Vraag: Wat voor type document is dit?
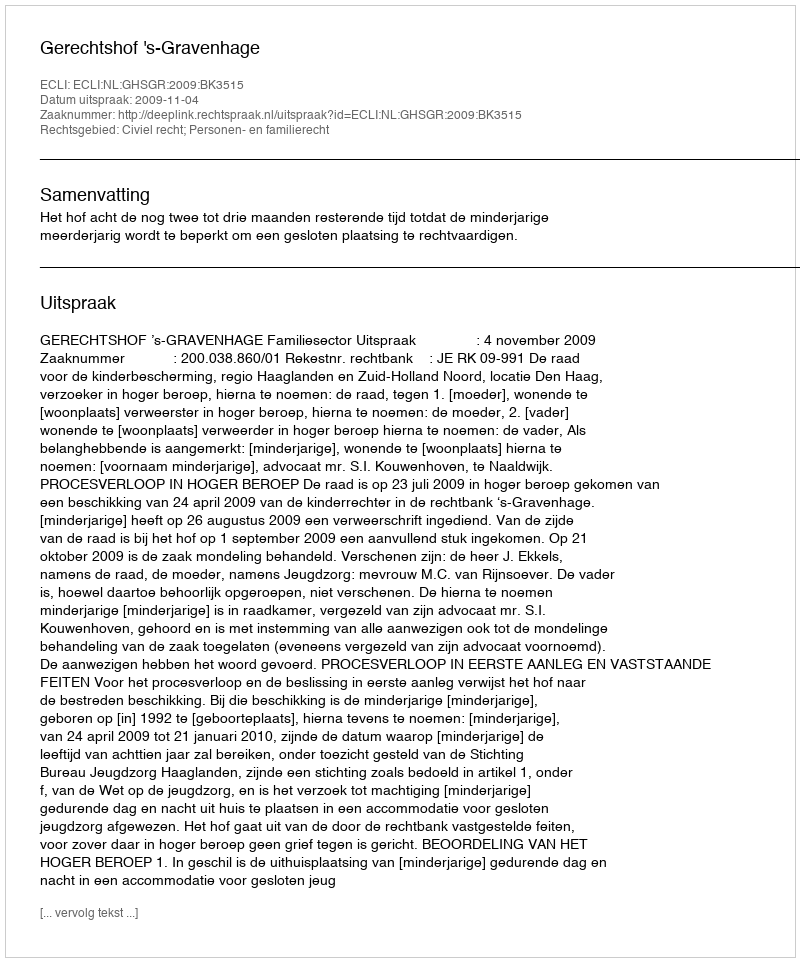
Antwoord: Uitspraak